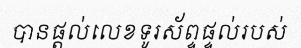
បានផ្តល់លេខទូរស័ព្ទផ្ទល់របស់